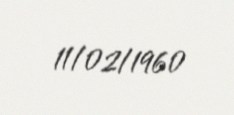
11/02/1960